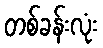
တစ်ခန်းလုံး